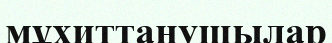
мұхиттанушылар